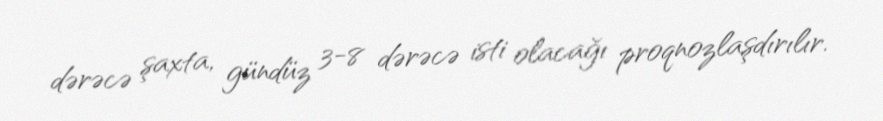
dərəcə şaxta, gündüz 3-8 dərəcə isti olacağı proqnozlaşdırılır.